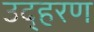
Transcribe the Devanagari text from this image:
उद्हरण